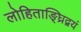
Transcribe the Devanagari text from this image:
लोहिताङ्घ्रिद्वयं